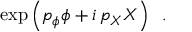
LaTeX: \exp \left( p _ { \phi } \phi + i \, p _ { X } X \right) \; \; .